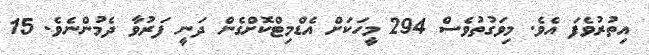
އިތުރުވެފަ އެވެ. މިވަގުތުވެސް 294 މީހަކަށް އެޑްމިޓްކޮށްގެން ދަނީ ފަރުވާ ދެމުންނެވެ. 15